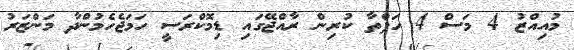
މުއިއްޒު 4 މަސް 4 ހަފްތާ ކުރިން ރާއްޖޭގައި ޑިމޮކްރަސީ ހަމަޖެހެމުންދާ މަންޒަރު